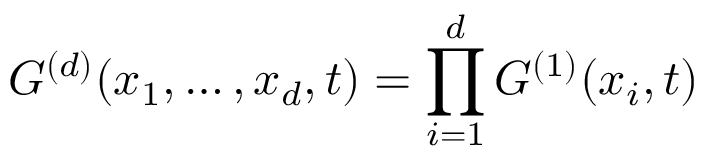
G ^ { ( d ) } ( x _ { 1 } , \dots , x _ { d } , t ) = \prod _ { i = 1 } ^ { d } G ^ { ( 1 ) } ( x _ { i } , t )